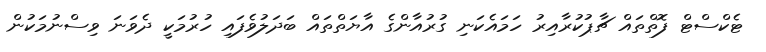
ޓެކްސްޓް ފޮތްތައް ޗާޕުކުރާއިރު ހަމައެކަނި ގުރުއާންގެ އާޔަތްތައް ބަދަލުވެފައި ހުރުމަކީ ދެވަނަ ވިސްނުމަކުން